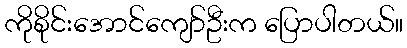
ကိုစိုင်းအောင်ကျော်ဦးက ပြောပါတယ်။